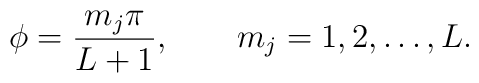
\phi=\frac{m_j\pi}{L+1},\qquad m_j=1,2,\ldots,L.